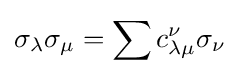
\sigma _{\lambda }\sigma _{\mu }=\sum c_{\lambda \mu }^{\nu }\sigma _{\nu }